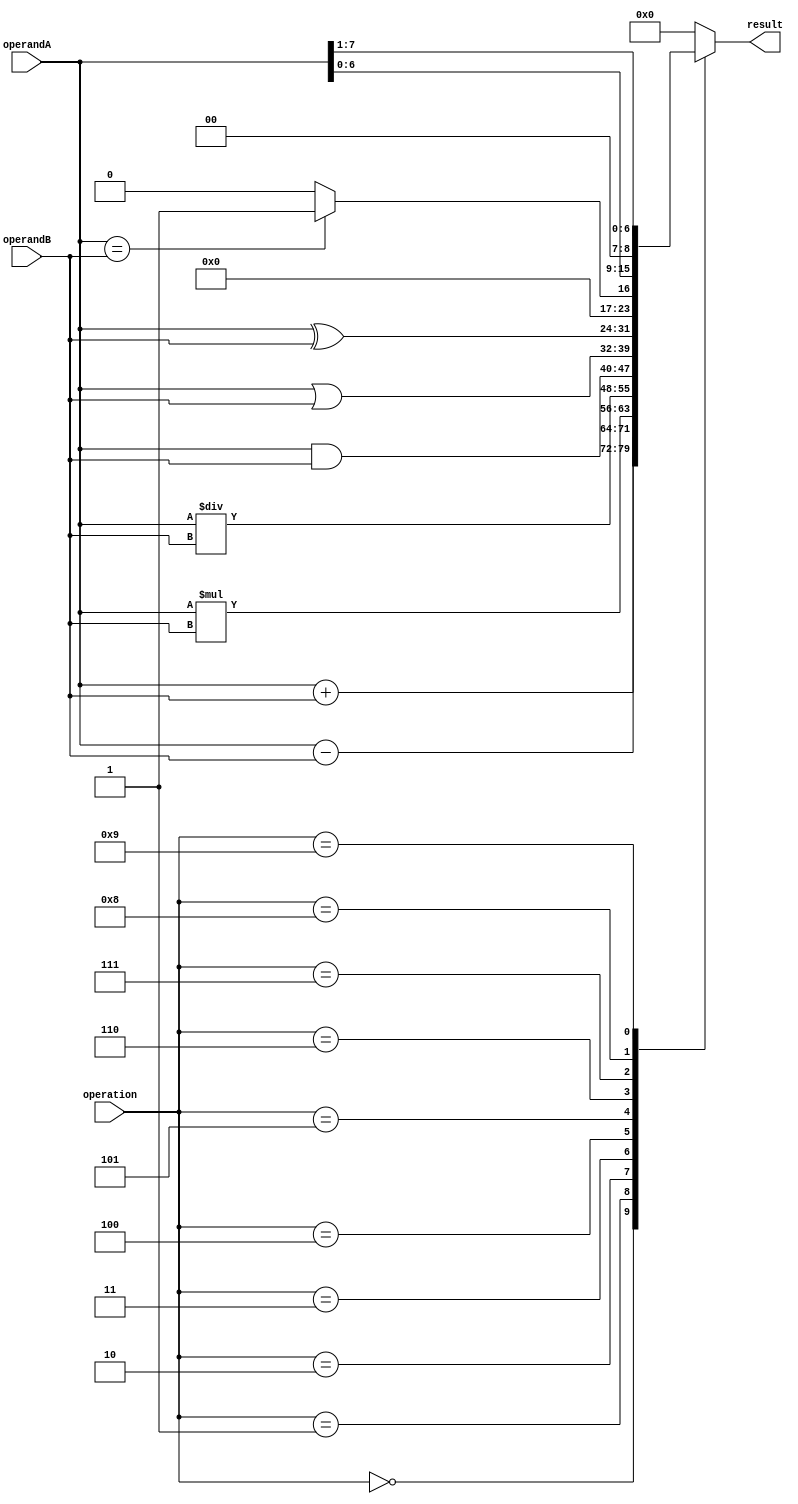
module ALU (
    input [7:0] operandA,
    input [7:0] operandB,
    input [3:0] operation,
    output reg [7:0] result
);

// Functional blocks
reg [7:0] adder_result;
reg [7:0] subtractor_result;
reg [15:0] multiplier_result;
reg [7:0] divider_result;
reg [7:0] bitwise_and_result;
reg [7:0] bitwise_or_result;
reg [7:0] bitwise_xor_result;
reg [7:0] comparison_result;
reg [7:0] shift_left_result;
reg [7:0] shift_right_result;

// Adder
always @* begin
    adder_result = operandA + operandB;
end

// Subtractor
always @* begin
    subtractor_result = operandA - operandB;
end

// Multiplier
always @* begin
    multiplier_result = operandA * operandB;
end

// Divider
always @* begin
    divider_result = operandA / operandB;
end

// Bitwise AND
always @* begin
    bitwise_and_result = operandA & operandB;
end

// Bitwise OR
always @* begin
    bitwise_or_result = operandA | operandB;
end

// Bitwise XOR
always @* begin
    bitwise_xor_result = operandA ^ operandB;
end

// Comparison
always @* begin
    if(operandA == operandB)
        comparison_result = 8'b00000001;
    else
        comparison_result = 8'b00000000;
end

// Shifter (Left shift)
always @* begin
    shift_left_result = operandA << 1;
end

// Shifter (Right shift)
always @* begin
    shift_right_result = operandA >> 1;
end

// Select output based on control signals
always @* begin
    case(operation)
        4'b0000: result = adder_result;
        4'b0001: result = subtractor_result;
        4'b0010: result = multiplier_result[7:0];
        4'b0011: result = divider_result;
        4'b0100: result = bitwise_and_result;
        4'b0101: result = bitwise_or_result;
        4'b0110: result = bitwise_xor_result;
        4'b0111: result = comparison_result;
        4'b1000: result = shift_left_result;
        4'b1001: result = shift_right_result;
        default: result = 8'b00000000;
    endcase
end

endmodule